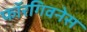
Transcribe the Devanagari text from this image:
फॉरगिवनेस